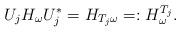
LaTeX: \begin{align*}U_j H_{\omega} U_j^* = H_{T_j \omega}=: H^{T_j}_{\omega}.\end{align*}